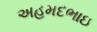
અહમદભાઇ